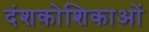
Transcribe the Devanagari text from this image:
दंशकोशिकाओं